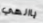
ياالهي